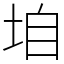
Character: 垍